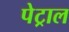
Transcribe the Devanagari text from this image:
पेट्राल